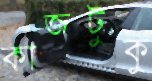
কাজটুকু